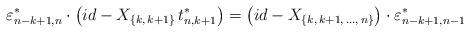
LaTeX: \begin{align*}{\varepsilon^*_{n-k+1,n}}\cdot \left(id - X_{\{k,\,k+1\}}\, t_{n,k+1}^*\right)=\left(id - X_{\{k,\,k+1,\,\dots ,\,n\}}\right) \cdot {\varepsilon^*_{n-k+1,n-1}}\end{align*}